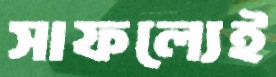
সাফল্যেই